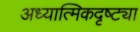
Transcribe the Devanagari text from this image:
अध्यात्मिकदृष्ट्या